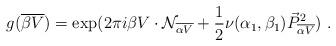
LaTeX: \begin{align*}g({\overline {\beta V}}) = \exp (2\pi i \beta V \cdot {\cal N}_{\overline {\alpha V}} +{1\over 2} \nu(\alpha_1 ,\beta_1) {\vec P}^2_{\overline {\alpha V}} )~.\end{align*}